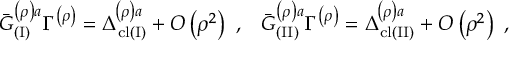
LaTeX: { \bar { { \cal G } } } _ { ( \mathrm { I } ) } ^ { \left( \rho \right) a } \Gamma ^ { \left( \rho \right) } = \Delta _ { \mathrm { c l } ( \mathrm { I } ) } ^ { \left( \rho \right) a } + O \left( \rho ^ { 2 } \right) \, \, , \; \; \; { \bar { { \cal G } } } _ { ( \mathrm { I I } ) } ^ { \left( \rho \right) a } \Gamma ^ { \left( \rho \right) } = \Delta _ { \mathrm { c l } ( \mathrm { I I } ) } ^ { \left( \rho \right) a } + O \left( \rho ^ { 2 } \right) \, \, ,